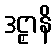
ဒဠှာနိ